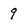
Character: 9